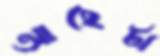
আছেটা